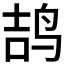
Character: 𱉥